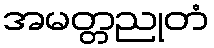
အမတ္တညုတံ